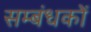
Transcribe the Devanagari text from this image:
सम्बंधकों